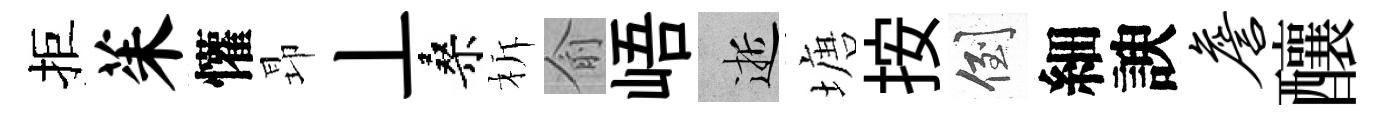
拒茱懽昻丄桑柝俞峿逝塘按倒細諛詹釀